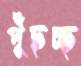
পুঁছচ্ছ